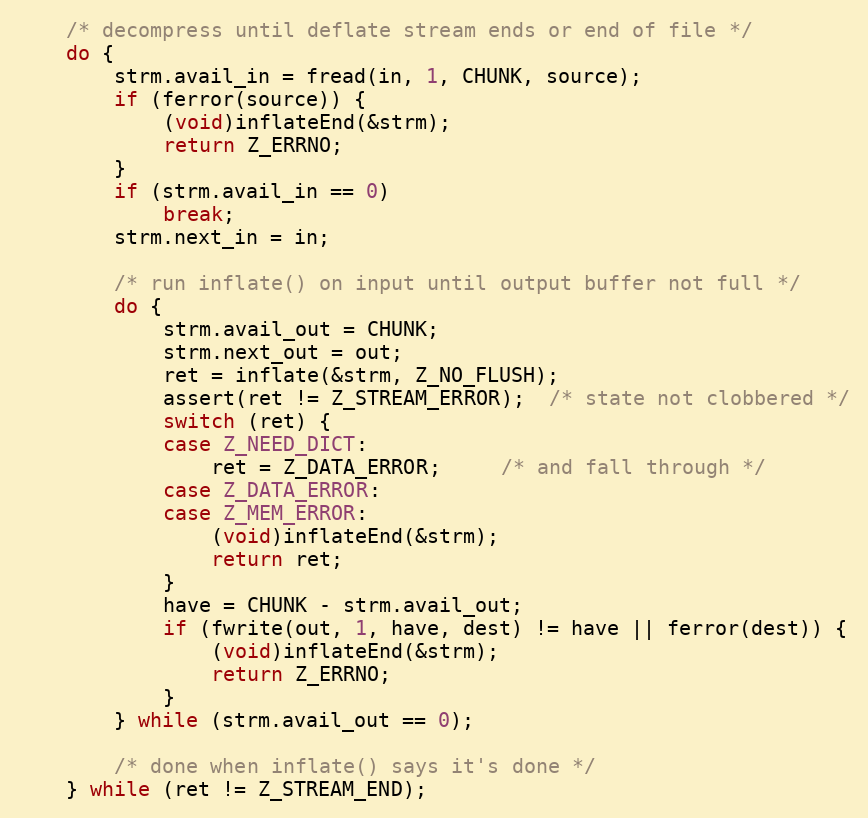
Language: C
    /* decompress until deflate stream ends or end of file */
    do {
        strm.avail_in = fread(in, 1, CHUNK, source);
        if (ferror(source)) {
            (void)inflateEnd(&strm);
            return Z_ERRNO;
        }
        if (strm.avail_in == 0)
            break;
        strm.next_in = in;

        /* run inflate() on input until output buffer not full */
        do {
            strm.avail_out = CHUNK;
            strm.next_out = out;
            ret = inflate(&strm, Z_NO_FLUSH);
            assert(ret != Z_STREAM_ERROR);  /* state not clobbered */
            switch (ret) {
            case Z_NEED_DICT:
                ret = Z_DATA_ERROR;     /* and fall through */
            case Z_DATA_ERROR:
            case Z_MEM_ERROR:
                (void)inflateEnd(&strm);
                return ret;
            }
            have = CHUNK - strm.avail_out;
            if (fwrite(out, 1, have, dest) != have || ferror(dest)) {
                (void)inflateEnd(&strm);
                return Z_ERRNO;
            }
        } while (strm.avail_out == 0);

        /* done when inflate() says it's done */
    } while (ret != Z_STREAM_END);